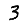
Digit: 3